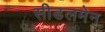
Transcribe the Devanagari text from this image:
सीडलमेन